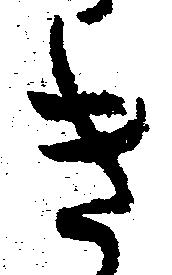
き